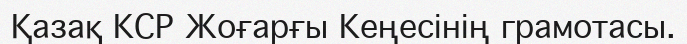
Қазақ КСР Жоғарғы Кеңесінің грамотасы.